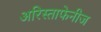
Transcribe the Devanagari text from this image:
अरिस्ताफेनीज